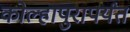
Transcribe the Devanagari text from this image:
कोल्हापुरापर्यंत